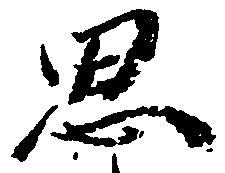
思